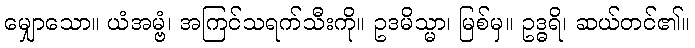
မျှောသော။ ယံအမ္ဗံ၊ အကြင်သရက်သီးကို။ ဥဒမိသ္မာ၊ မြစ်မှ။ ဥဒ္ဓရိ၊ ဆယ်တင်၏။